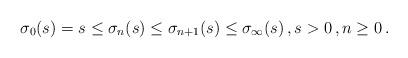
LaTeX: \begin{align*}\sigma_0(s) = s \le \sigma_n(s) \le \sigma_{n+1}(s) \le \sigma_\infty(s)\,, s>0\,, n\ge 0\,. \end{align*}